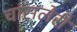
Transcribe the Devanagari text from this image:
चांसलेरी